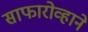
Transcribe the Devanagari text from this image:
साफारोव्हाने